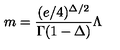
m = { \frac { ( e / 4 ) ^ { \Delta / 2 } } { \Gamma ( 1 - \Delta ) } } \Lambda